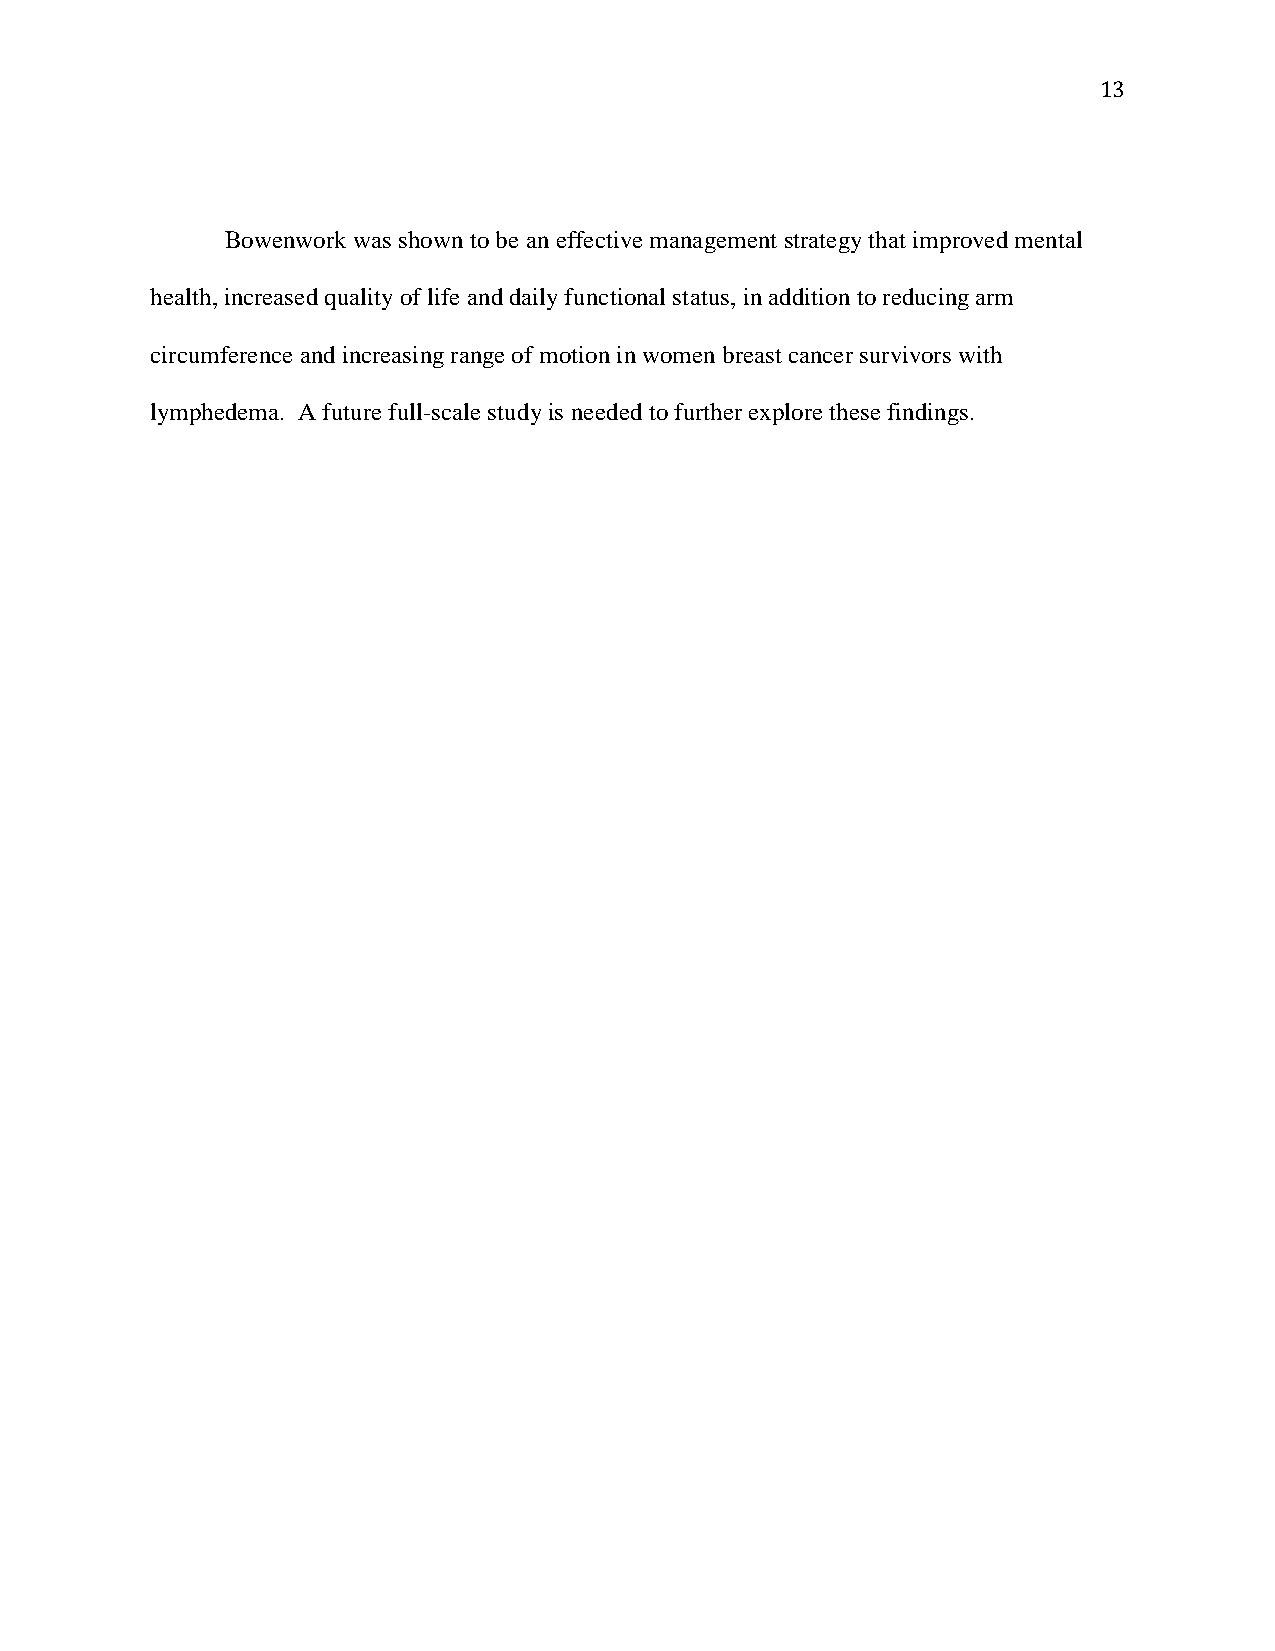
13
 Bowenwork was shown to be an effective management strategy that improved mental
 health, increased quality of life and daily functional status, in addition to reducing arm
 circumference and increasing range of motion in women breast cancer survivors with
 lymphedema. A future full-scale study is needed to further explore these findings.